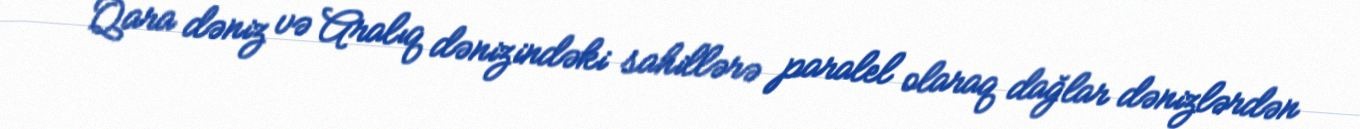
Qara dəniz və Aralıq dənizindəki sahillərə paralel olaraq dağlar dənizlərdən